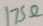
Text: 175Ω